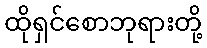
ထိုရှင်စောဘုရားတို့